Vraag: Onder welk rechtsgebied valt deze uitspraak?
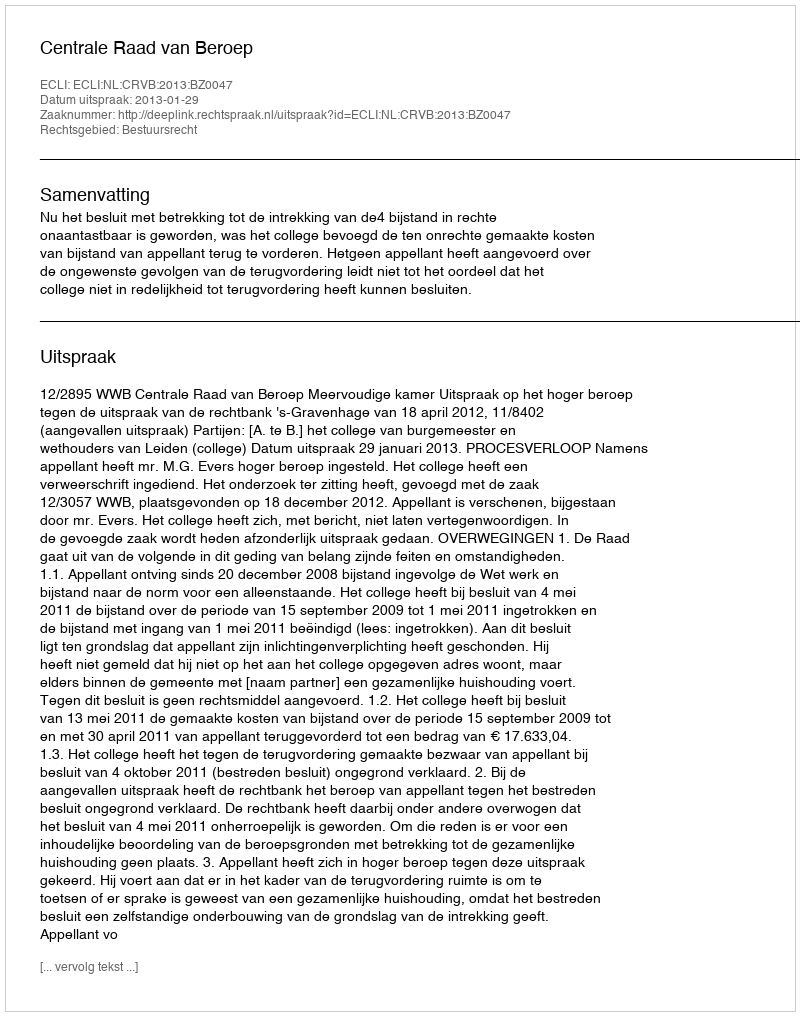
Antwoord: Bestuursrecht